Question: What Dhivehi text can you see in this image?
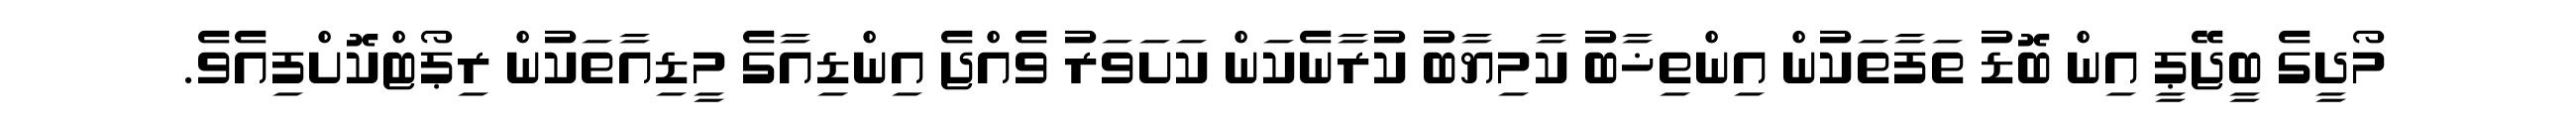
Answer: މޯދީގެ ބީޖޭޕީ އިން ބޮޑު ތަފާތަކުން އިންތިޚާބު ކާމިޔާބު ކުރާނެކަން ކަށަވަރު ވެއްޖެ އިންޑިއާގެ މީޑިއާތަކުން ރިޕޯޓްކޮށްފިއެވެ.